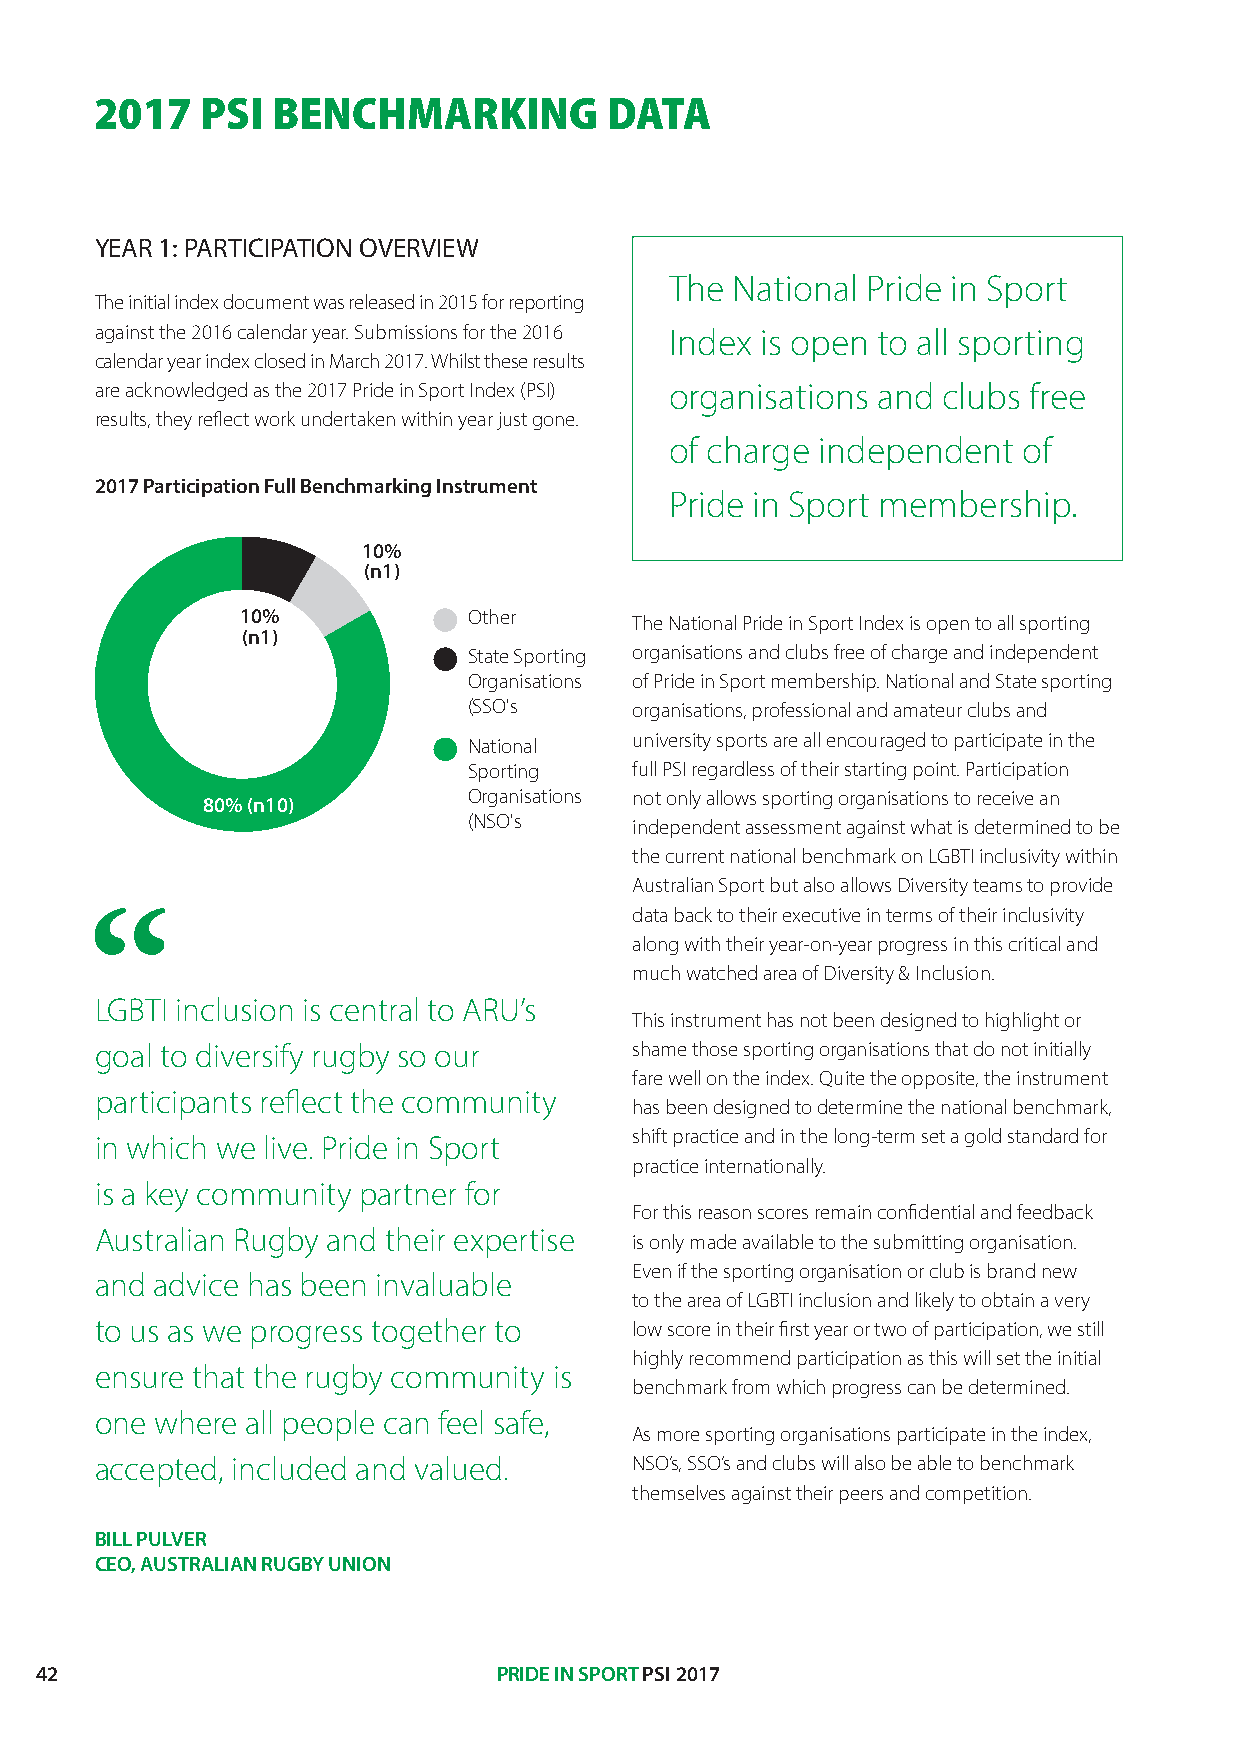
2017   PSI  BENCHMARKING          DATA
 YEAR 1: PARTICIPATION OVERVIEW
 The National Pride in Sport
 The initial index document was released in 2015 for reporting
 against the 2016 calendar year. Submissions for the 2016 Index is open to all sporting
 calendar year index closed in March 2017. Whilst these results
 are acknowledged as the 2017 Pride in Sport Index (PSI) organisations and clubs free
 results, they reflect work undertaken within year just gone.
 of charge independent   of
 2017 Participation Full Benchmarking Instrument
 Pride in Sport membership.
 10%
 (n1)
 10%            Other      The National Pride in Sport Index is open to all sporting
 (n1)
 State Sporting organisations and clubs free of charge and independent
 Organisations of Pride in Sport membership. National and State sporting
 (SSO's     organisations, professional and amateur clubs and
 university sports are all encouraged to participate in the
 National
 Sporting   full PSI regardless of their starting point. Participation
 Organisations not only allows sporting organisations to receive an
 80% (n10)
 (NSO's     independent assessment against what is determined to be
 the current national benchmark on LGBTI inclusivity within
 Australian Sport but also allows Diversity teams to provide
 data back to their executive in terms of their inclusivity
 along with their year-on-year progress in this critical and
 much watched area of Diversity & Inclusion.
 LGBTI inclusion is central to ARU’s
 This instrument has not been designed to highlight or
 goal to diversify rugby so our      shame those sporting organisations that do not initially
 fare well on the index. Quite the opposite, the instrument
 participants reflect the community
 has been designed to determine the national benchmark,
 in which we live. Pride in Sport    shift practice and in the long-term set a gold standard for
 practice internationally.
 is a key community partner for
 For this reason scores remain confidential and feedback
 Australian Rugby and their expertise
 is only made available to the submitting organisation.
 Even if the sporting organisation or club is brand new
 and advice has been invaluable
 to the area of LGBTI inclusion and likely to obtain a very
 to us as we progress together to    low score in their first year or two of participation, we still
 highly recommend participation as this will set the initial
 ensure that the rugby community is
 benchmark from which progress can be determined.
 one where all people can feel safe,
 As more sporting organisations participate in the index,
 accepted, included and valued.      NSO’s, SSO’s and clubs will also be able to benchmark
 themselves against their peers and competition.
 BILL PULVER
 CEO, AUSTRALIAN RUGBY UNION
 42                             PRIDE IN SPORT PSI 2017